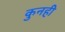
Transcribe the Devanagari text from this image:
कुनही